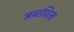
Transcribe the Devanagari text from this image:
अबाधित्व